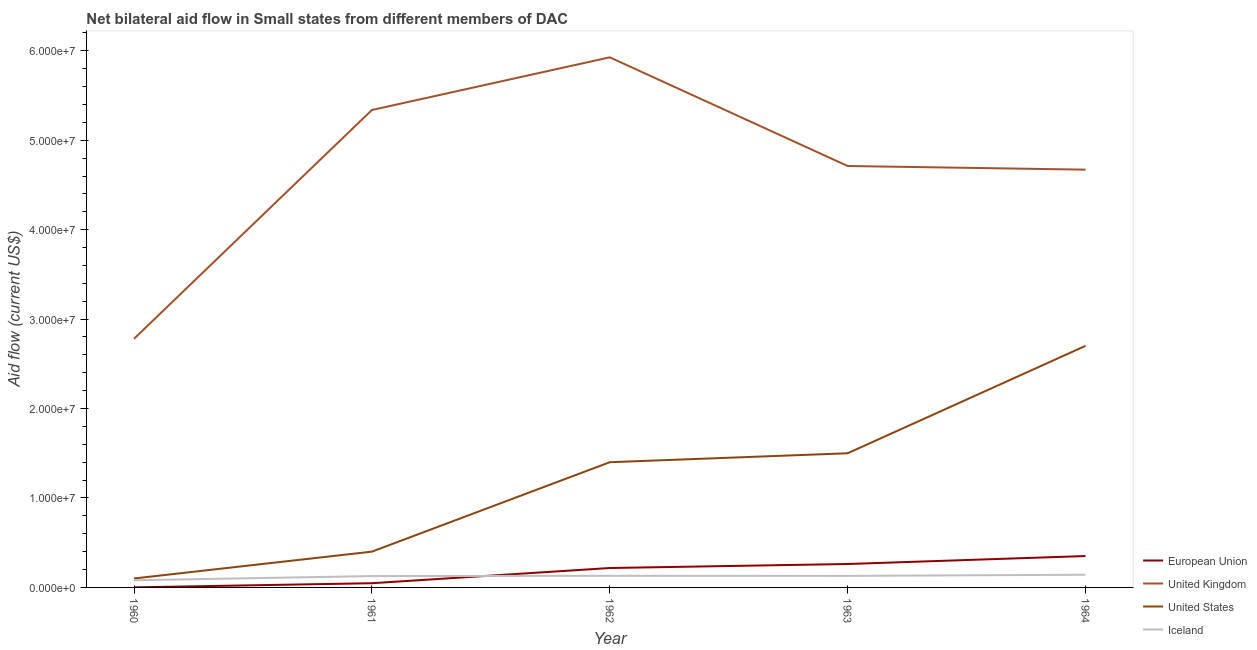
| Year | European Union | United Kingdom | United States | Iceland |
 | --- | --- | --- | --- | --- |
 | 1960 | 1e+04 | 2.78e+07 | 1e+06 | 8e+05 |
 | 1961 | 4.7e+05 | 5.34e+07 | 4e+06 | 1.27e+06 |
 | 1962 | 2.17e+06 | 5.93e+07 | 1.4e+07 | 1.3e+06 |
 | 1963 | 2.62e+06 | 4.71e+07 | 1.5e+07 | 1.29e+06 |
 | 1964 | 3.51e+06 | 4.67e+07 | 2.7e+07 | 1.42e+06 |